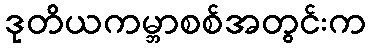
ဒုတိယကမ္ဘာစစ်အတွင်းက